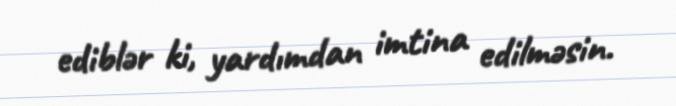
ediblər ki, yardımdan imtina edilməsin.